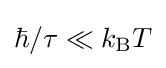
{\hbar }/{\tau }\ll k_{\rm {B}}T